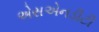
એસએનડીટી